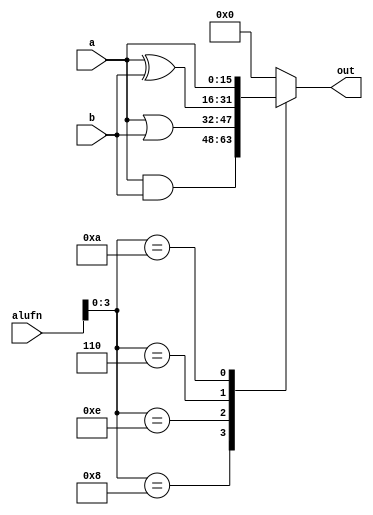
module boolean16_7 (
    input [15:0] a,
    input [15:0] b,
    input [5:0] alufn,
    output reg [15:0] out
  );
  
  
  
  always @* begin
    out = 1'h0;
    
    case (alufn[0+3-:4])
      4'h8: begin
        out = a & b;
      end
      4'he: begin
        out = a | b;
      end
      4'h6: begin
        out = a ^ b;
      end
      4'ha: begin
        out = a;
      end
    endcase
  end
endmodule